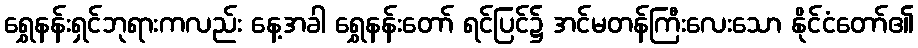
ရွှေနန်းရှင်ဘုရားကလည်း နေ့အခါ ရွှေနန်းတော် ရင်ပြင်၌ အင်မတန်ကြီးလေးသော နိုင်ငံတော်၏